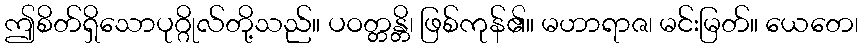
ဤစိတ်ရှိသောပုဂ္ဂိုလ်တို့သည်။ ပဝတ္တန္တိ၊ ဖြစ်ကုန်၏။ မဟာရာဇ၊ မင်းမြတ်။ ယေတေ၊